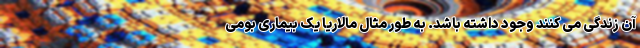
آن زندگی می کنند وجود داشته باشد. به طور مثال مالاریا یک بیماری بومی